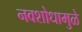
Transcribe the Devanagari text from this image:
नवशोधामुळे